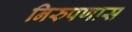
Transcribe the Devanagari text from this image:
निरुपणास